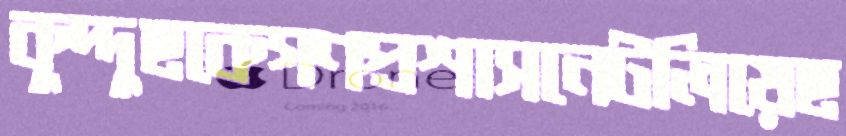
কুদ্দুছকেগণপ্রশাসনেটলিয়েছ